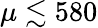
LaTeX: \mu\lesssim 580